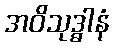
အဝိသုဒ္ဓါနံ